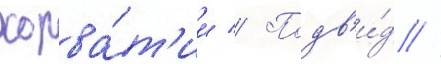
хорва́т'ии // Подв'и́д //